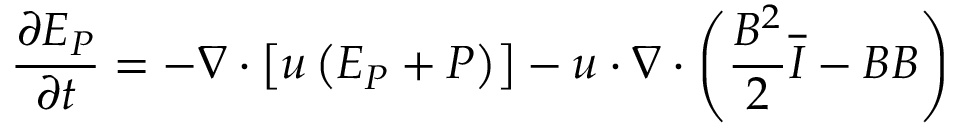
\frac { \partial E _ { P } } { \partial t } = - \nabla \cdot \left[ \boldsymbol { u } \left( E _ { P } + P \right) \right] - \boldsymbol { u } \cdot \nabla \cdot \left( \frac { B ^ { 2 } } { 2 } \overline { { \boldsymbol { I } } } - \boldsymbol { B B } \right)